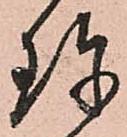
珎